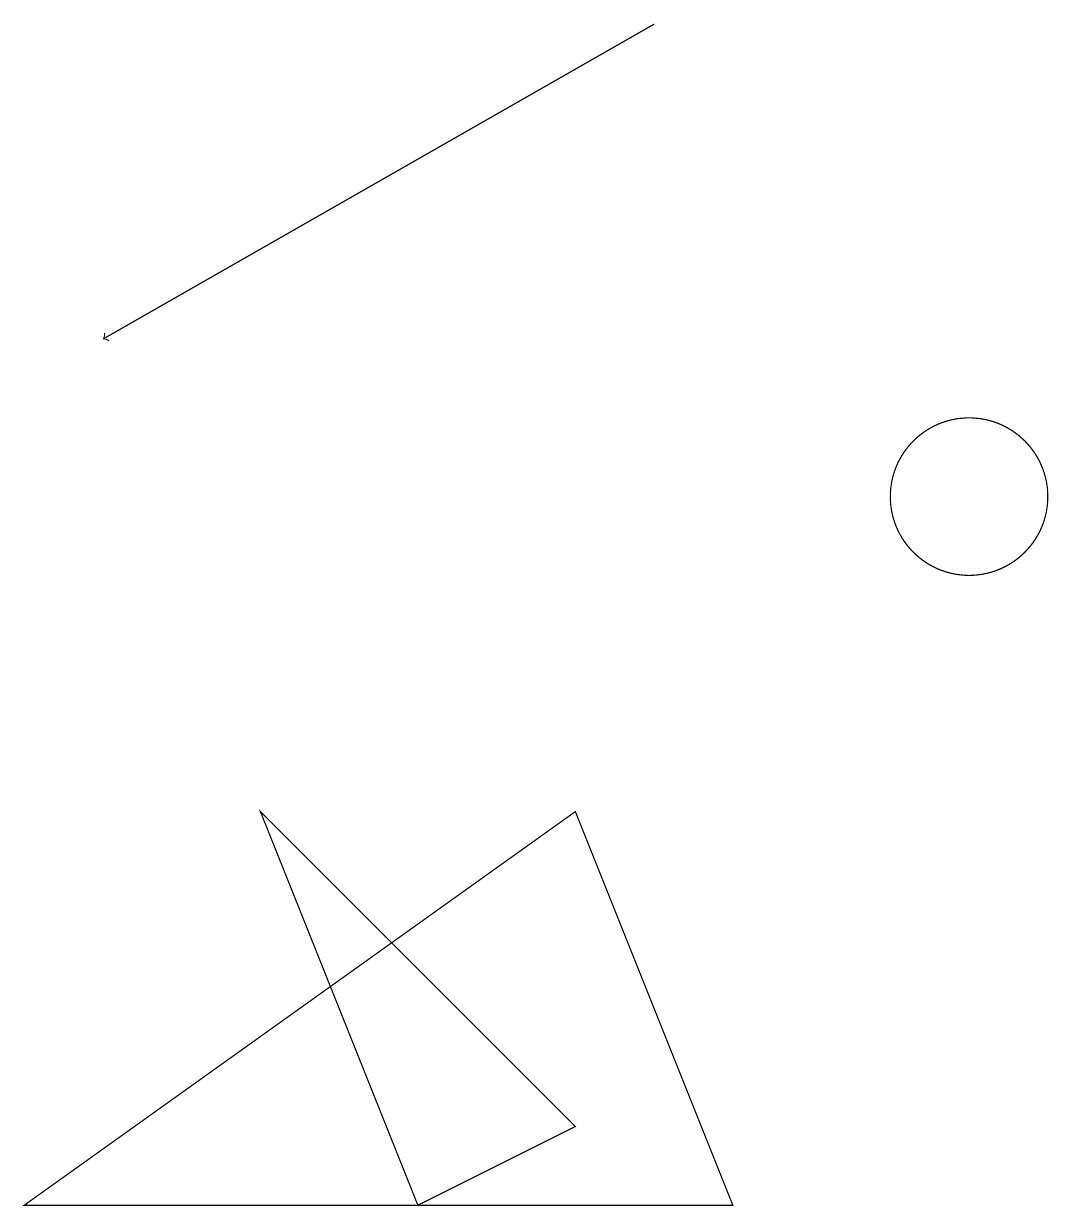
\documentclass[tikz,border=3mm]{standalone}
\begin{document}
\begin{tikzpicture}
\draw[->] (8,16) -- (1,12);
\draw (12,10) circle (1);
\draw (7,2) -- (5,1) -- (3,6) -- cycle;
\draw (0,1) -- (9,1) -- (7,6) -- cycle;
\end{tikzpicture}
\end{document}